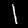
Digit: 1